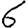
Digit: 6